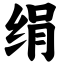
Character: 绢